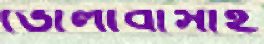
ভোলাবাসীই